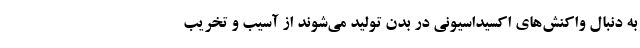
به دنبال واکنش‌های اکسیداسیونی در بدن تولید می‌شوند از آسیب و تخریب